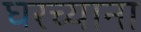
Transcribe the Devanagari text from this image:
घरच्याना